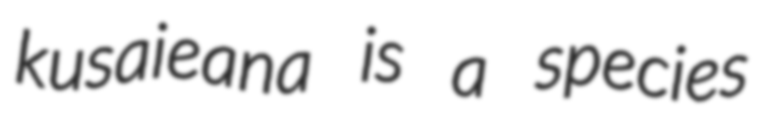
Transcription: kusaieana is a species